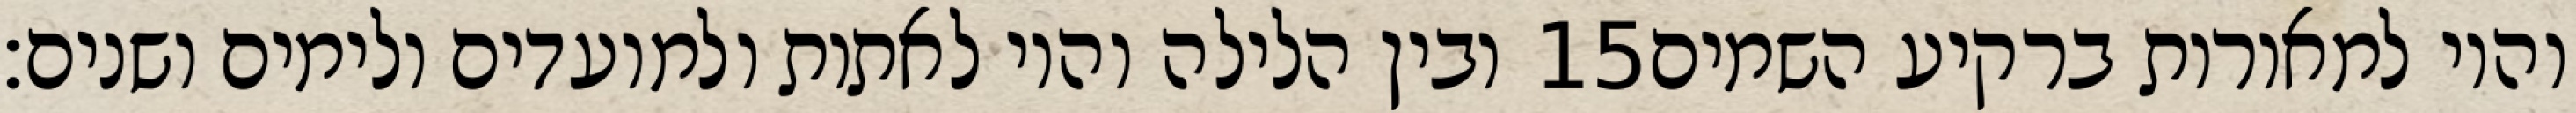
ובין הלילה והיו לאתות ולמועדים ולימים ושנים׃ ‎15‏ והיו למאורות ברקיע השמים